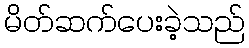
မိတ်ဆက်ပေးခဲ့သည်